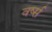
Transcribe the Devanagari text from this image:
वर्ष्स